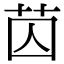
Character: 苬